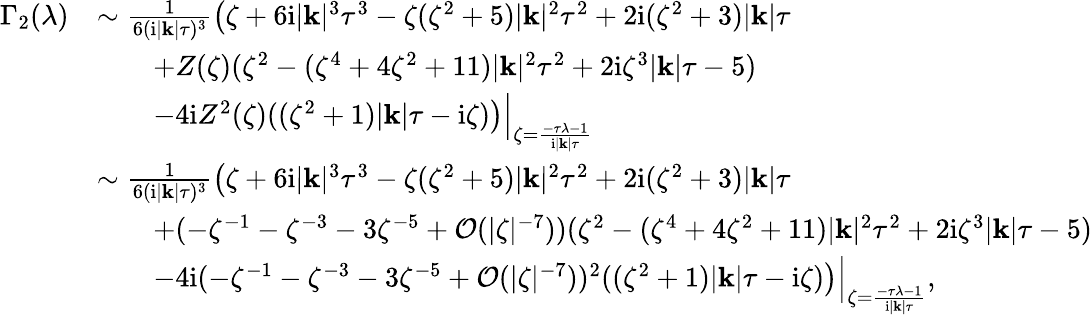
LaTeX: \begin{array}{rl}{\Gamma_{2}(\lambda)}&{\sim\frac{1}{6(\mathrm{i}|\mathbf{k}|\tau)^{3}}\left(\zeta+6\mathrm{i}|\mathbf{k}|^{3}\tau^{3}-\zeta(\zeta^{2}+5)|\mathbf{k}|^{2}\tau^{2}+2\mathrm{i}(\zeta^{2}+3)|\mathbf{k}|\tau\right.}\\ &{\qquad+Z(\zeta)(\zeta^{2}-(\zeta^{4}+4\zeta^{2}+11)|\mathbf{k}|^{2}\tau^{2}+2\mathrm{i}\zeta^{3}|\mathbf{k}|\tau-5)}\\ &{\qquad\left.-4\mathrm{i}Z^{2}(\zeta)((\zeta^{2}+1)|\mathbf{k}|\tau-\mathrm{i}\zeta)\right)\Big|_{\zeta=\frac{-\tau\lambda-1}{\mathrm{i}|\mathbf{k}|\tau}}}\\ &{\sim\frac{1}{6(\mathrm{i}|\mathbf{k}|\tau)^{3}}\left(\zeta+6\mathrm{i}|\mathbf{k}|^{3}\tau^{3}-\zeta(\zeta^{2}+5)|\mathbf{k}|^{2}\tau^{2}+2\mathrm{i}(\zeta^{2}+3)|\mathbf{k}|\tau\right.}\\ &{\qquad+(-\zeta^{-1}-\zeta^{-3}-3\zeta^{-5}+\mathcal{O}(|\zeta|^{-7}))(\zeta^{2}-(\zeta^{4}+4\zeta^{2}+11)|\mathbf{k}|^{2}\tau^{2}+2\mathrm{i}\zeta^{3}|\mathbf{k}|\tau-5)}\\ &{\qquad\left.-4\mathrm{i}(-\zeta^{-1}-\zeta^{-3}-3\zeta^{-5}+\mathcal{O}(|\zeta|^{-7}))^{2}((\zeta^{2}+1)|\mathbf{k}|\tau-\mathrm{i}\zeta)\right)\Big|_{\zeta=\frac{-\tau\lambda-1}{\mathrm{i}|\mathbf{k}|\tau}},}\end{array}